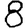
Digit: 8